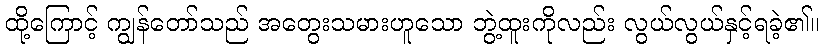
ထို့ကြောင့် ကျွန်တော်သည် အတွေးသမားဟူသော ဘွဲ့ထူးကိုလည်း လွယ်လွယ်နှင့်ရခဲ့၏။